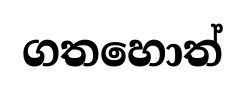
ගතහොත්